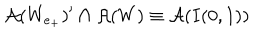
\mathcal { A } ( W _ { e _ { + } } ) ^ { \prime } \cap \mathcal { A } ( W ) \equiv \mathcal { A } ( I ( 0 , 1 ) )